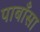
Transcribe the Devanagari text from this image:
पाबाँसा